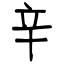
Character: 辛